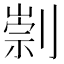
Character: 㓽